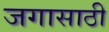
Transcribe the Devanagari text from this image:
जगासाठी